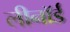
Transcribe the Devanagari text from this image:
लीनॉर्ड